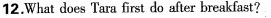
12.What does Tara first do after breakfast?